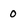
Character: 0